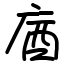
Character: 庮